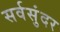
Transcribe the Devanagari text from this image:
सर्वसुंदर